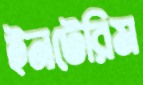
ইনটেরিম